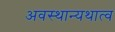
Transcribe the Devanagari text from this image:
अवस्थान्यथात्व